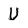
Character: U